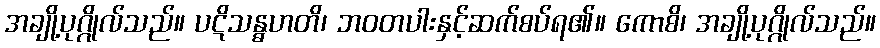
အချို့ပုဂ္ဂိုလ်သည်။ ပဋိသန္ဓဟတိ၊ ဘဝတပါးနှင့်ဆက်စပ်ရ၏။ ကောစိ၊ အချို့ပုဂ္ဂိုလ်သည်။